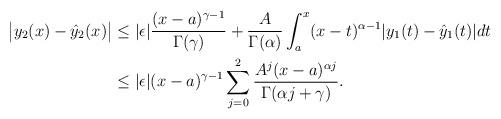
LaTeX: \begin{align*}\big|{y}_{2}(x)-\hat{y}_{2}(x)\big|&\leq|{\epsilon}|\frac{(x-a)^{\gamma-1}}{\Gamma(\gamma)}+\frac{A}{\Gamma(\alpha)}\int_{a}^{x}(x-t)^{\alpha-1}|y_{1}(t)-\hat{y}_{1}(t)|dt\\&\leq|{\epsilon}|(x-a)^{\gamma-1}\sum_{j=0}^{2}\frac{A^j(x-a)^{\alpha{j}}}{\Gamma(\alpha{j}+\gamma)}.\end{align*}